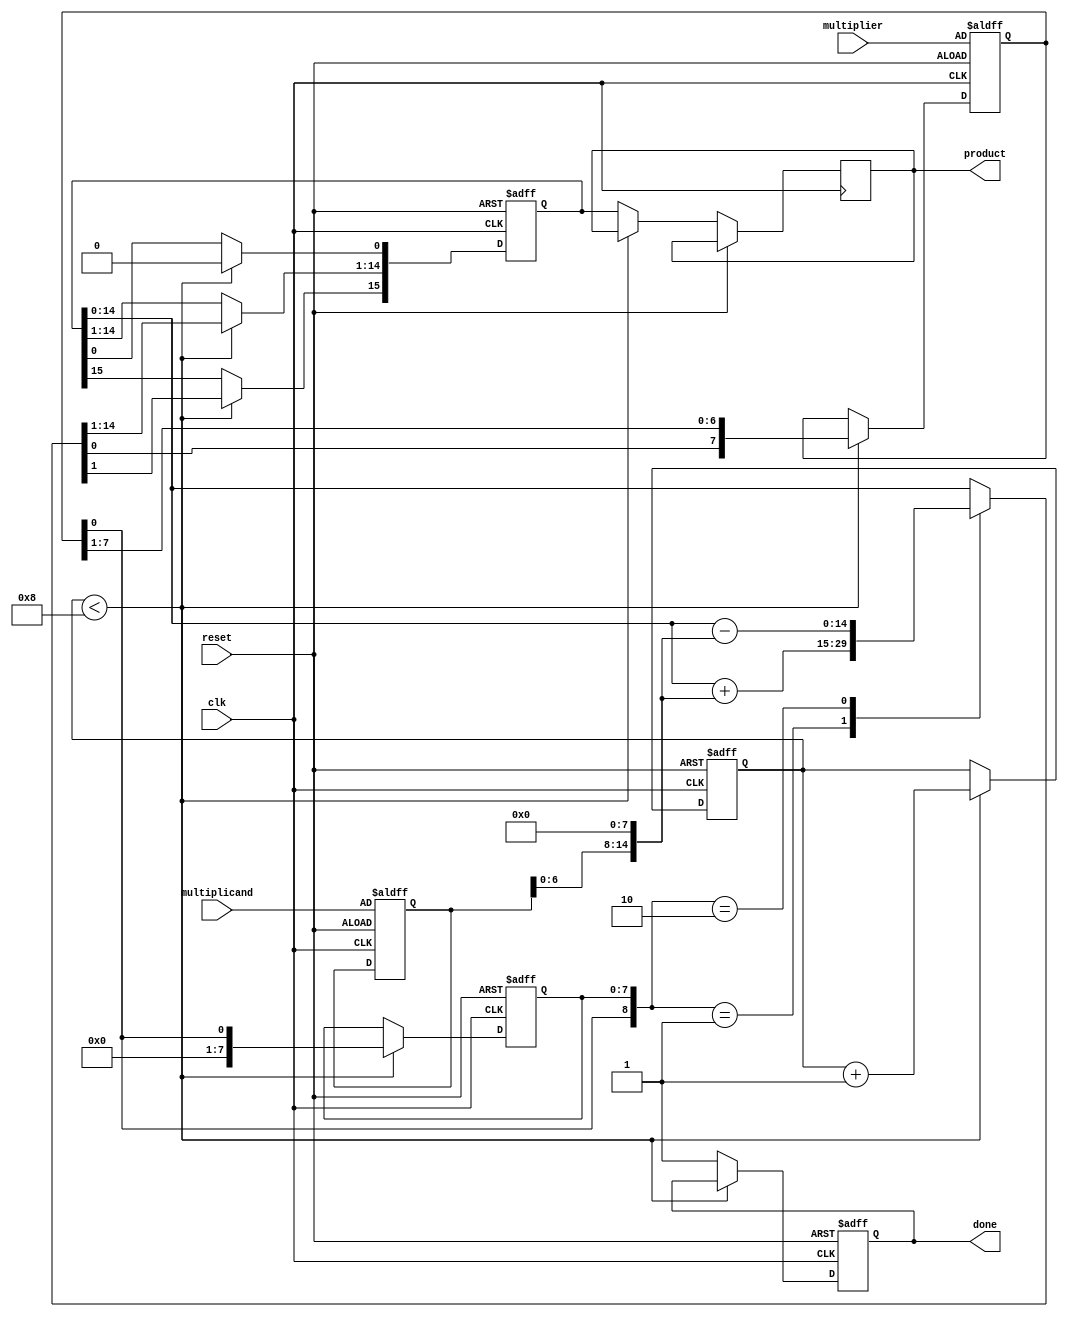
module booth_multiplier(
    input signed [N-1:0] multiplicand,  // Multiplicand (M)
    input signed [N-1:0] multiplier,     // Multiplier (Q)
    output reg signed [2*N-1:0] product, // Product (P)
    input clk,                            // Clock
    input reset,                          // Reset
    output reg done                       // Done signal
);
    parameter N = 8; // Bit width for multiplicand and multiplier
    reg signed [N-1:0] M;         // Multiplicand register
    reg signed [N-1:0] Q;         // Multiplier register
    reg signed [N-1:0] Q_1;       // Q-1 register
    reg signed [2*N-1:0] P;       // Product register
    reg [3:0] count;              // Count for iterations

    always @(posedge clk or posedge reset) begin
        if (reset) begin
            // Initialization
            M <= multiplicand;
            Q <= multiplier;
            Q_1 <= 0;
            P <= 0;
            count <= 0;
            done <= 0;
        end else if (count < N) begin
            case ({Q[0], Q_1}) // Check last two bits of Q and Q-1
                2'b00: begin
                    // Do nothing
                end
                2'b01: begin
                    // P = P + M
                    P = P + {M, N'b0}; // Left shift M
                end
                2'b10: begin
                    // P = P - M
                    P = P - {M, N'b0}; // Left shift M
                end
                2'b11: begin
                    // Do nothing
                end
            endcase
            
            // Arithmetic right shift of P and Q
            {P[2*N-1], Q, Q_1} <= {P[2*N-1], P[N-1:0], Q, Q_1} >> 1;
            P[0] <= 0; // Fill LSB with 0 after shift
            Q_1 <= Q[0]; // Update Q-1 with the last bit of Q
            count <= count + 1; // Increment count
        end else begin
            done <= 1; // Multiplication is done
            product <= P; // Assign final product
        end
    end
endmodule